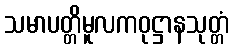
သမာပတ္တိမူလကဝုဋ္ဌာနသုတ္တံ